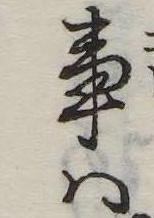
事は